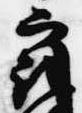
最